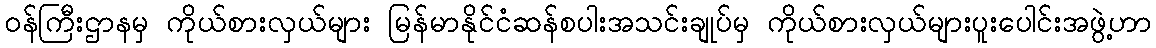
ဝန်ကြီးဌာနမှ ကိုယ်စားလှယ်များ မြန်မာနိုင်ငံဆန်စပါးအသင်းချုပ်မှ ကိုယ်စားလှယ်များပူးပေါင်းအဖွဲ့ဟာ